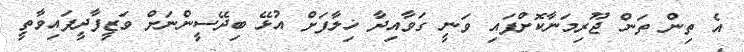
އެ ތިން ތަން ޖޫރިމަނާކޮށްފައި ވަނީ ގަވާއިދާ ޚިލާފަށް އުޅޭ ބިދޭސީންނަށް ވަޒީފާދީފައިވާތީ